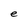
Character: e